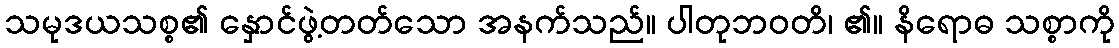
သမုဒယသစ္စ၏ နှောင်ဖွဲ့တတ်သော အနက်သည်။ ပါတုဘဝတိ၊ ၏။ နိရောဓ သစ္စာကို